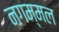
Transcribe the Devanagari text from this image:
नगम्मल